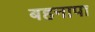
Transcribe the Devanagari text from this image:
बहनापा